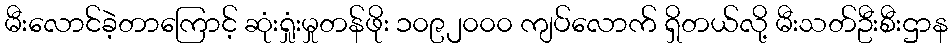
မီးလောင်ခဲ့တာကြောင့် ဆုံးရှုံးမှုတန်ဖိုး ၁၀၉၂၀၀၀ ကျပ်လောက် ရှိတယ်လို့ မီးသတ်ဦးစီးဌာန